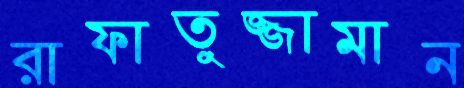
রাফাতুজ্জামান